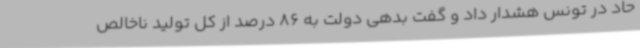
حاد در تونس هشدار داد و گفت بدهی دولت به 86 درصد از کل تولید ناخالص